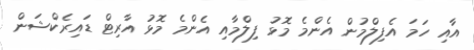
އާއި ހަމަ އެފިލްމުން އެންމެ މޮޅު ފިލްމާއި އެންމެ މޮޅު އާރިޓް ޑައިރެކްޝަން